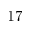
1 7